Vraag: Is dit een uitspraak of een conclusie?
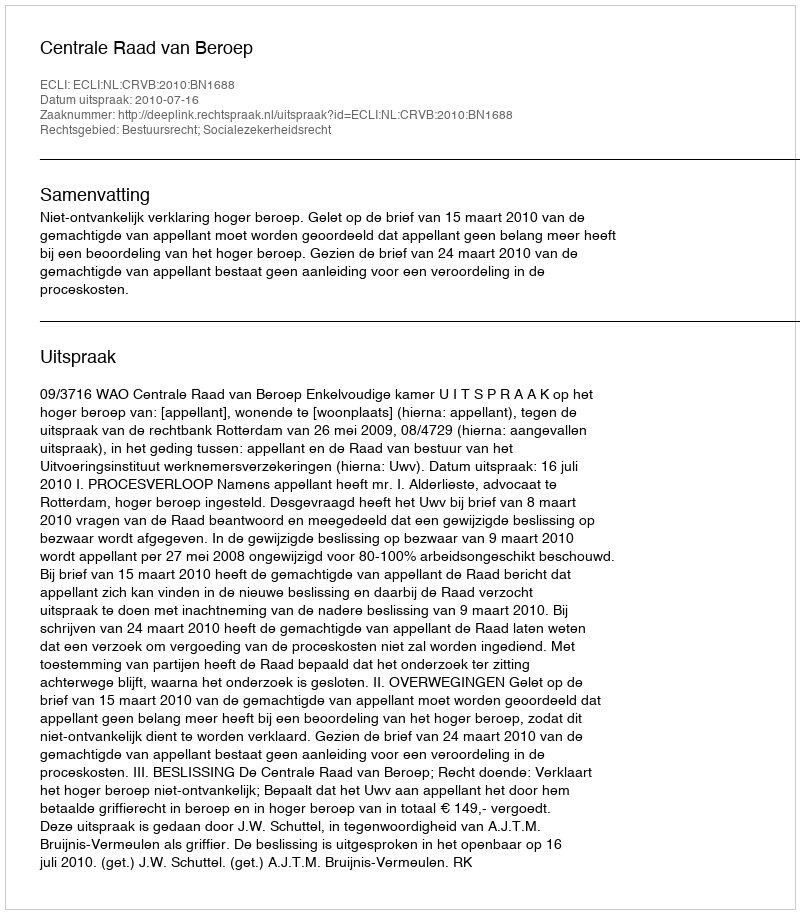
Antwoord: Uitspraak